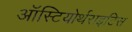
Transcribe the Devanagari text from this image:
ऑस्टियोर्थराइटिस